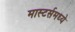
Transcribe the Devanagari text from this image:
मास्टर्समध्ये